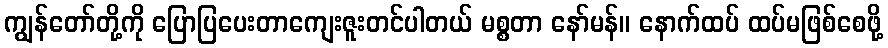
ကျွန်တော်တို့ကို ပြောပြပေးတာကျေးဇူးတင်ပါတယ် မစ္စတာ နော်မန်။ နောက်ထပ် ထပ်မဖြစ်စေဖို့